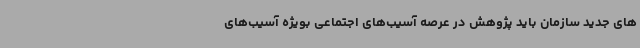
های جدید سازمان باید پژوهش در عرصه آسیب‌های اجتماعی بویژه آسیب‌های